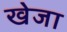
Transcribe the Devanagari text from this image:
खेजा